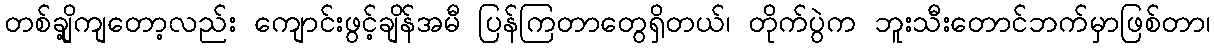
တစ်ချို့ကျတော့လည်း ကျောင်းဖွင့်ချိန်အမီ ပြန်ကြတာတွေရှိတယ်၊ တိုက်ပွဲက ဘူးသီးတောင်ဘက်မှာဖြစ်တာ၊